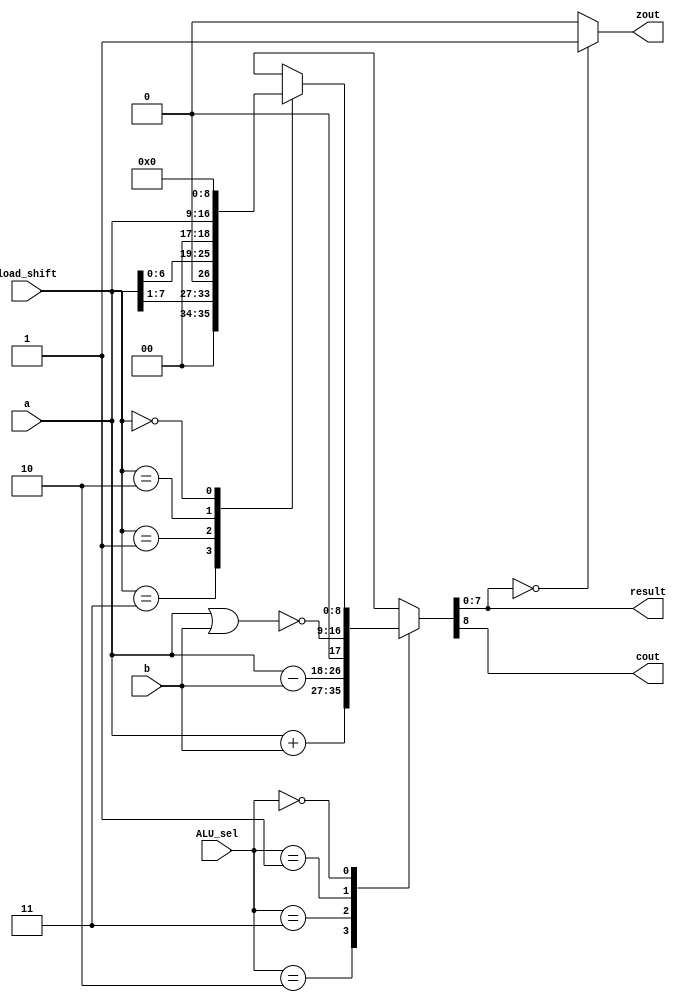
//ALU 
module ALU 
(input wire [7:0] a,
 input wire [7:0] b,
 input wire [1:0] ALU_sel,
 input wire [1:0] load_shift,
 output wire [7:0] result,
 output wire cout,
 output wire zout
);

reg [8:0] r;

always @(a or b or ALU_sel or load_shift) begin
	case(ALU_sel) 
		2'b10: r <= a + b; //add
		2'b11: r <= a - b; //sub
		2'b01: r <= {1'b0, ~(a | b)}; //Nor
		2'b00:
			case(load_shift) 
				2'b11: r <= {1'b0, a>>1};
				2'b01: r <= {1'b0, a<<1};
				2'b10: r <= {1'b0, a};
				2'b00: r <= 0;
			endcase
	endcase
end

assign cout = r[8];
assign result = r[7:0];
assign zout = (result==0)?1'b1:1'b0;

endmodule